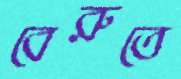
বেরুতে